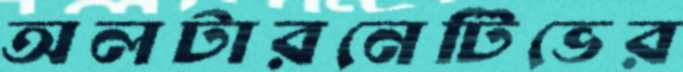
অলটারনেটিভের